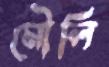
মৌলি